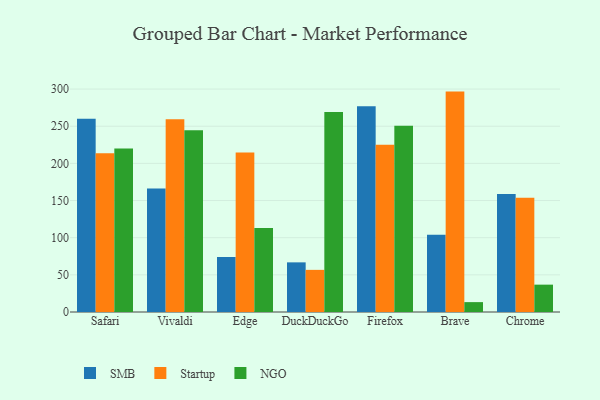
{"axis": {"x": "Browser", "y": "Demand Index"}, "legend": ["NGO", "SMB", "Startup"], "data": [{"x": "Safari", "y": 259.9, "type": "SMB"}, {"x": "Safari", "y": 213.6, "type": "Startup"}, {"x": "Safari", "y": 220.0, "type": "NGO"}, {"x": "Vivaldi", "y": 166.2, "type": "SMB"}, {"x": "Vivaldi", "y": 259.3, "type": "Startup"}, {"x": "Vivaldi", "y": 244.5, "type": "NGO"}, {"x": "Edge", "y": 74.1, "type": "SMB"}, {"x": "Edge", "y": 214.6, "type": "Startup"}, {"x": "Edge", "y": 113.0, "type": "NGO"}, {"x": "DuckDuckGo", "y": 66.8, "type": "SMB"}, {"x": "DuckDuckGo", "y": 56.7, "type": "Startup"}, {"x": "DuckDuckGo", "y": 269.2, "type": "NGO"}, {"x": "Firefox", "y": 277.0, "type": "SMB"}, {"x": "Firefox", "y": 225.0, "type": "Startup"}, {"x": "Firefox", "y": 250.5, "type": "NGO"}, {"x": "Brave", "y": 104.1, "type": "SMB"}, {"x": "Brave", "y": 296.6, "type": "Startup"}, {"x": "Brave", "y": 13.3, "type": "NGO"}, {"x": "Chrome", "y": 158.9, "type": "SMB"}, {"x": "Chrome", "y": 153.6, "type": "Startup"}, {"x": "Chrome", "y": 36.8, "type": "NGO"}]}